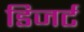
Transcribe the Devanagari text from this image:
डिजर्ट